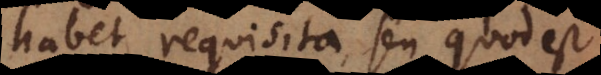
habet requisita, seu quod est